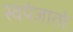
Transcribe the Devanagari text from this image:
स्वयंजातो